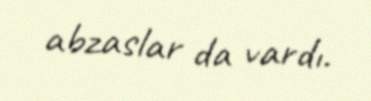
abzaslar da vardı.